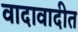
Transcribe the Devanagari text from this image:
वादावादीत